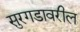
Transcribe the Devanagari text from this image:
सुरगडावरील